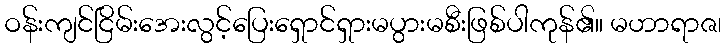
ဝန်းကျင်ငြိမ်းအေးလွင့်ပြေးရှောင်ရှားမပွားမစီးဖြစ်ပါကုန်၏။ မဟာရာဇ၊